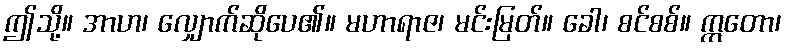
ဤသို့။ အာဟ၊ လျှောက်ဆိုပေ၏။ မဟာရာဇ၊ မင်းမြတ်။ ခေါ၊ စင်စစ်။ ဣတော၊